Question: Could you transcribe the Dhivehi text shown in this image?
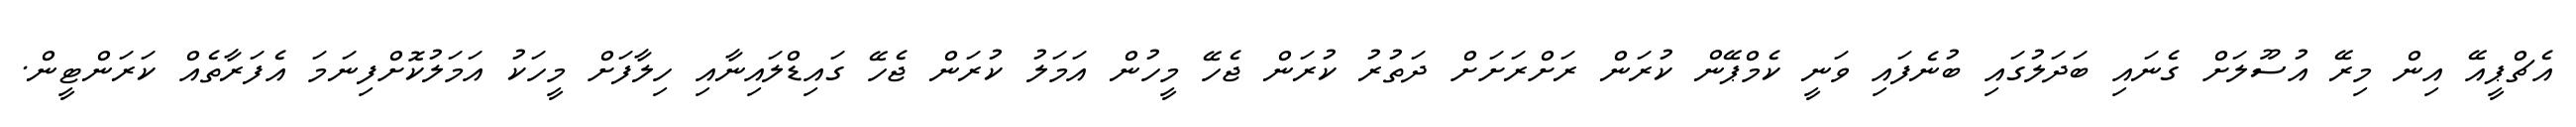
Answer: އެޗްޕީއޭ އިން މިރޭ އުސޫލަށް ގެނައި ބަދަލުގައި ބުނެފައި ވަނީ ކެމްޕޭން ކުރަން ރަށްރަށަށް ދަތުރު ކުރަން ޖެހޭ މީހުން އަމަލު ކުރަން ޖެހޭ ގައިޑްލައިނާއި ހިލާފަށް މީހަކު އަމަލުކޮށްފިނަމަ އެފަރާތެއް ކަރަންޓީން.